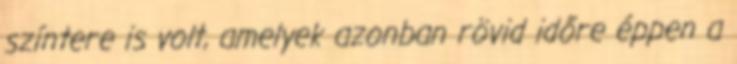
színtere is volt, amelyek azonban rövid időre éppen a